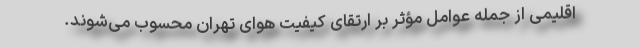
اقلیمی از جمله عوامل مؤثر بر ارتقای کیفیت هوای تهران محسوب می‌شوند.